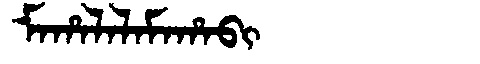
Manchu: ᠮᠠᡥᠠᠯᠠᠯᠠᠮᠠᡥᠠᠪᡳ
Romanization: MAHALALAMAHABI